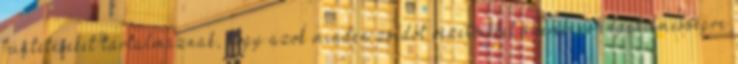
büntetéseket tartalmaznak, hogy azok minden zsidót vezetőikkel szembeni engedelmességre